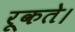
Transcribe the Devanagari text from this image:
रूकते।